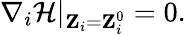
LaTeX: {\mathbf\nabla}_{i}\mathcal{H}|_{{\mathbf Z}_{i}={\mathbf Z}_{i}^{0}}=0.